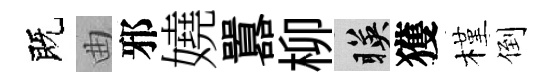
既曲邪嬈囂柳暎獲槿倒